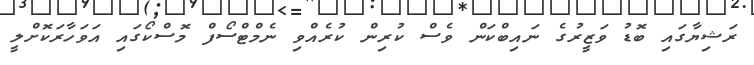
ރަޝިޔާގައި ބޮޑު ވަޒީރުގެ ނައިބްކަން ވެސް ކުރިން ކުރެއްވި ނެމްޓްސޯފް މޮސްކޯގައި އަވަހާރަކޮށްލީ